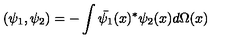
( \psi _ { 1 } , \psi _ { 2 } ) = - \int \bar { \psi _ { 1 } } ( x ) ^ { * } \psi _ { 2 } ( x ) d \Omega ( x )